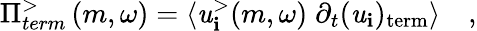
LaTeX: \Pi_{term}^{>}\left(m,\omega\right)=\left<\mathit{u}_{\mathbf{i}}^{>}{\left(m,\omega\right)}\; \partial_{t}(\mathit{u}_{\mathbf{i}})_{\textrm{{term}}}\right>\quad\textrm{{,}}